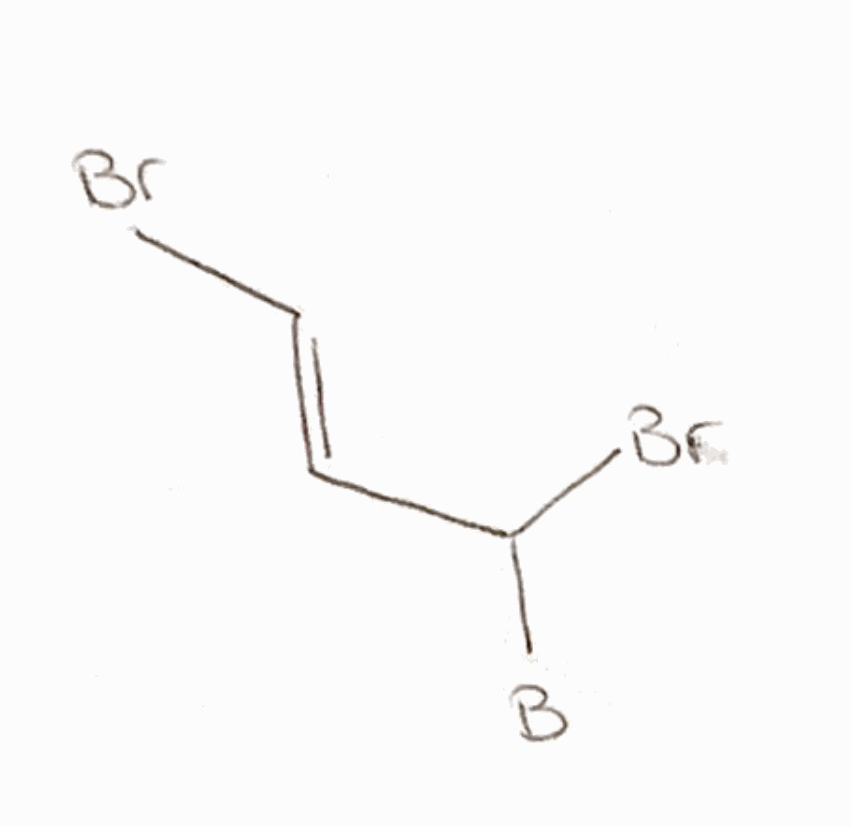
Simplified molecular-input line-entry system (SMILES) notation of the given molecule:
[B]C(/C=C/Br)Br